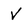
Character: V